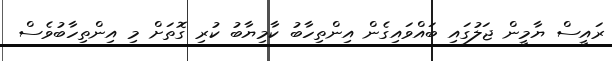
ރައީސް ޔާމީން ޖަލުގައި ބައްވައިގެން އިންތިހާބު ކާމިޔާބު ކުރި ގޮތަށް މި އިންތިހާބުވެސް